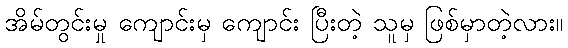
အိမ်တွင်းမှု ကျောင်းမှ ကျောင်း ပြီးတဲ့ သူမှ ဖြစ်မှာတဲ့လား။